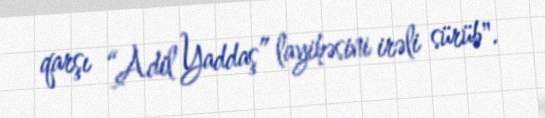
qarşı “Adil Yaddaş” layihəsini irəli sürüb".